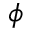
\phi